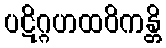
ပဋိဂ္ဂဟထဝိကန္တိ